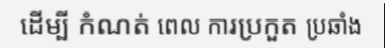
ដើម្បី កំណត់ ពេល ការប្រកួត ប្រឆាំង